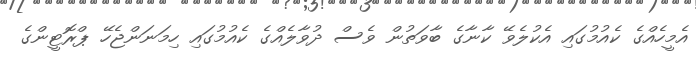
އެމީހެއްގެ ކެއުމުގައި އެކުލެވޭ ކާނާގެ ބާވަތުން ވެސް ދުވާލެއްގެ ކެއުމުގައި ހިމަނަންޖެހޭ ޕްރޮޓީންގެ